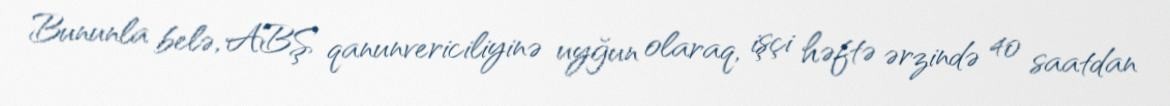
Bununla belə, ABŞ qanunvericiliyinə uyğun olaraq, işçi həftə ərzində 40 saatdan